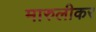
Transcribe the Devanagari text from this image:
मारुलीकर